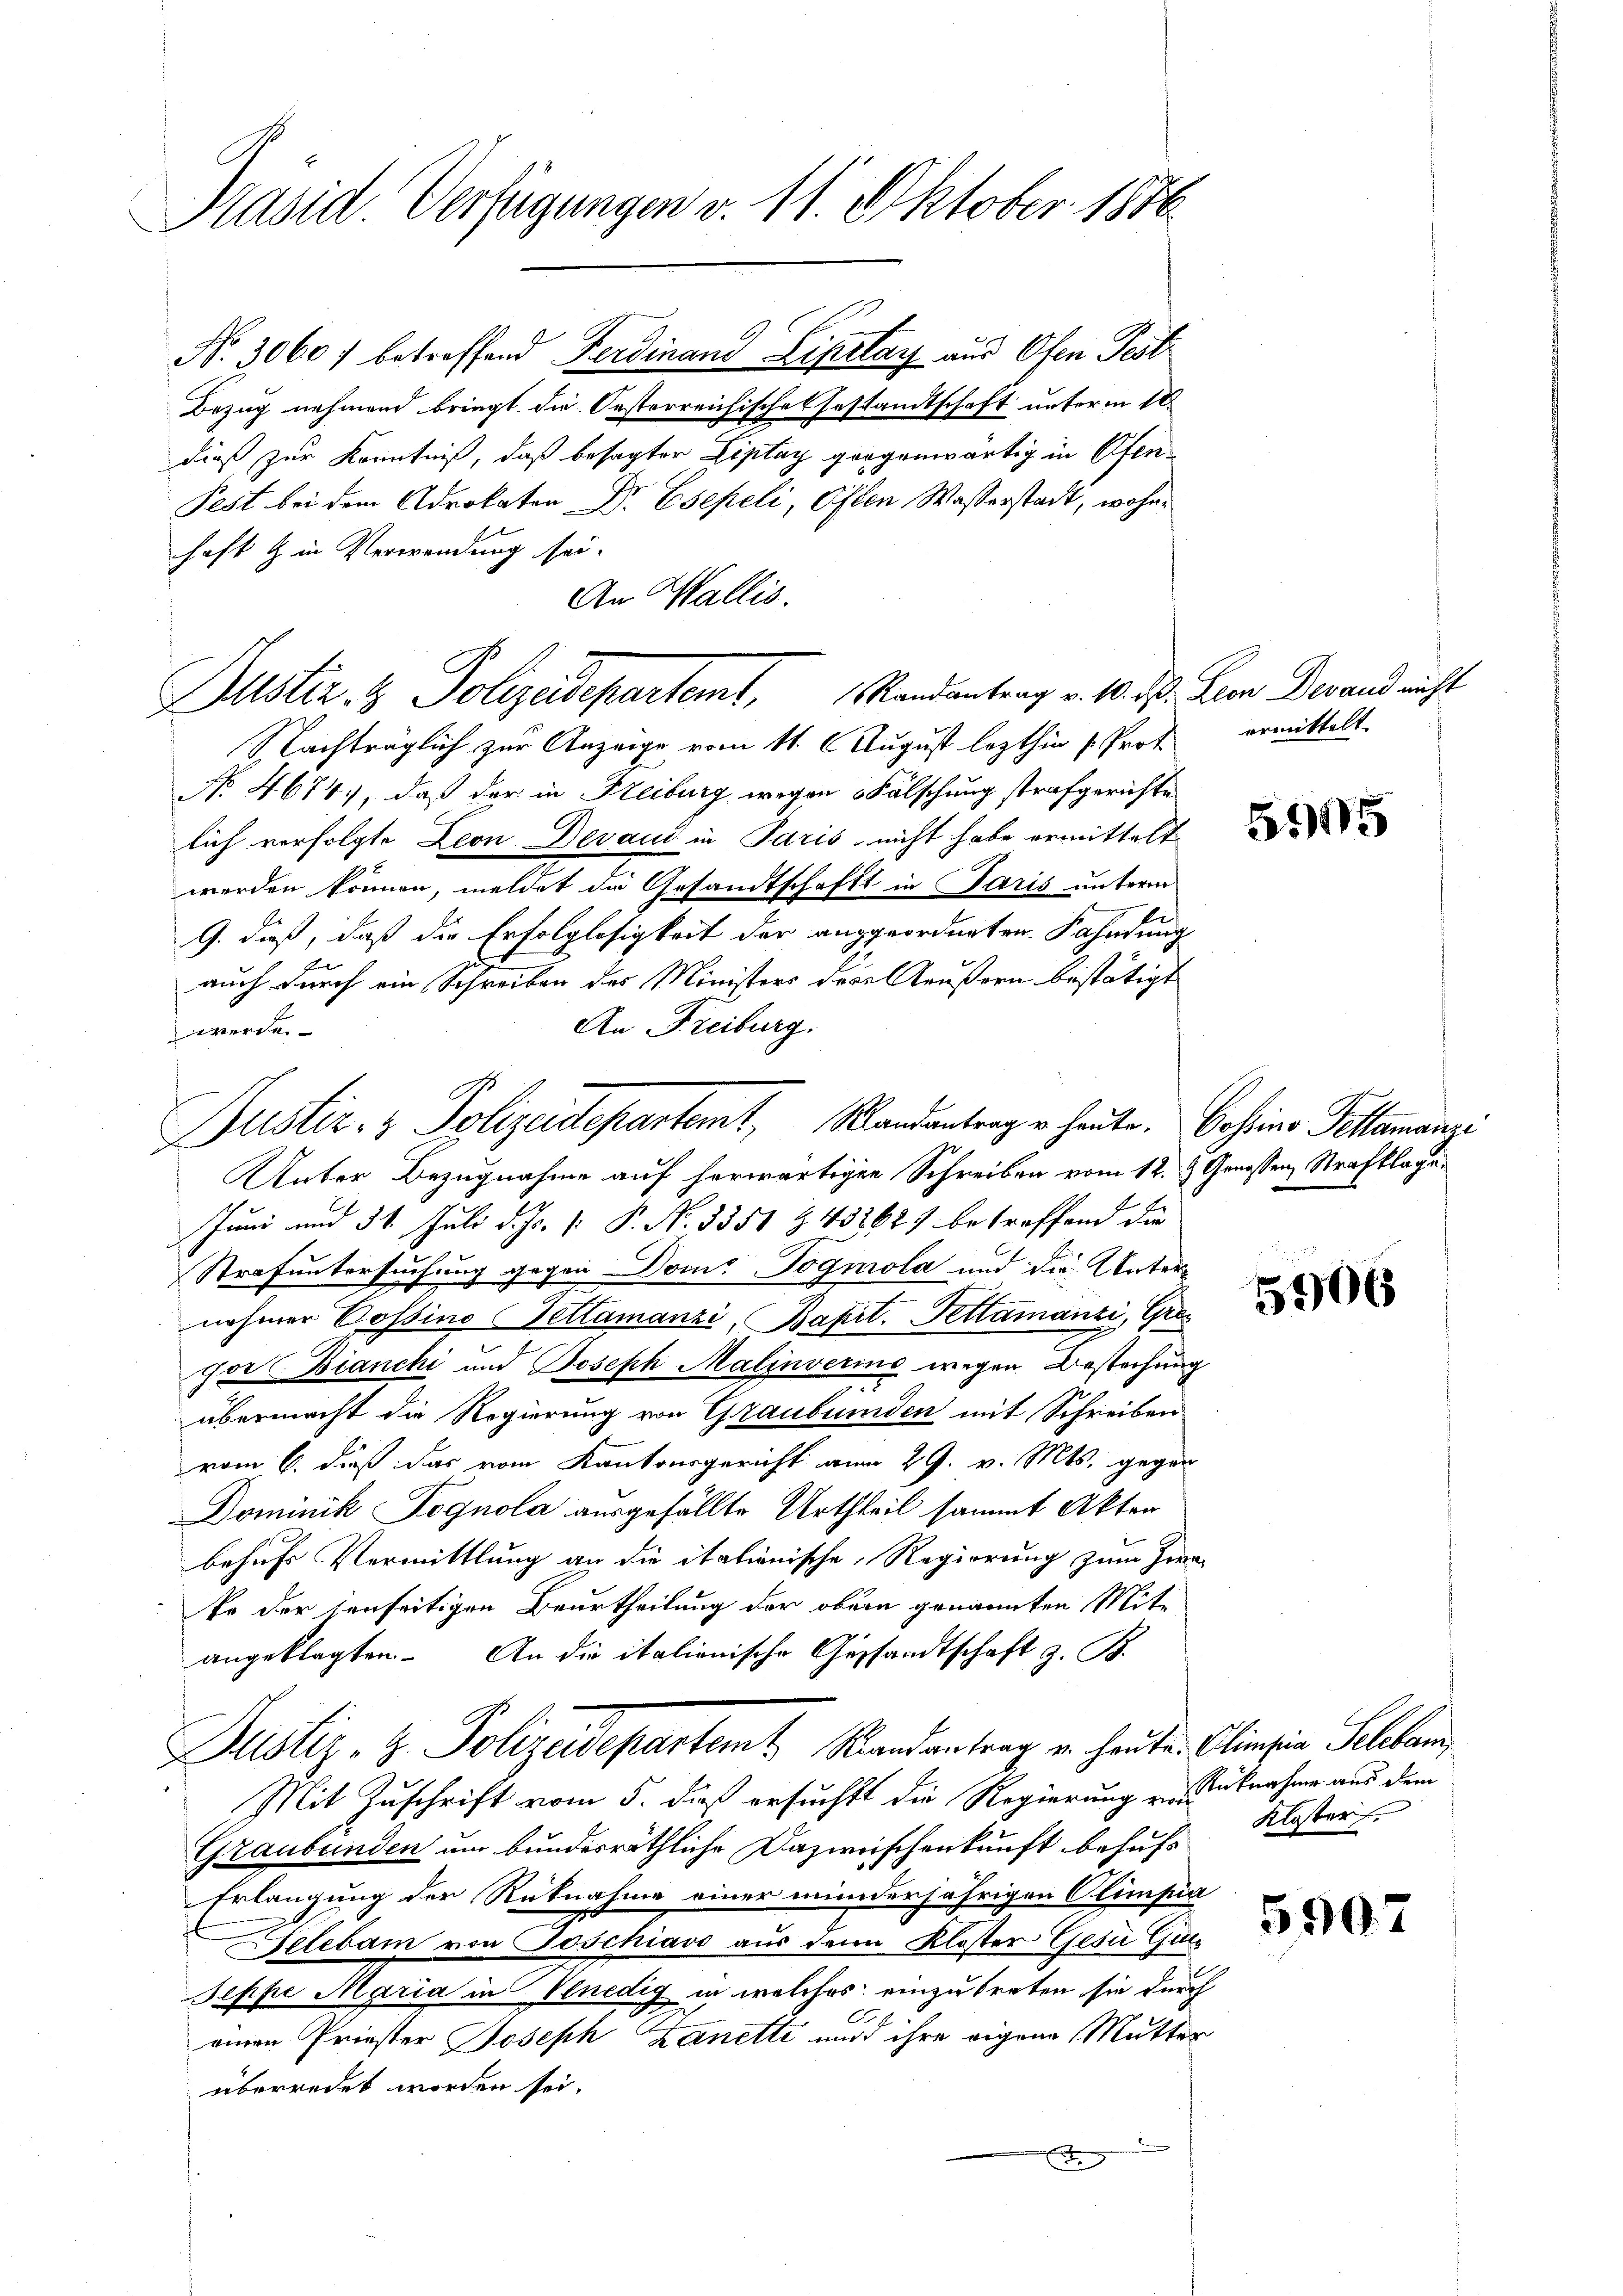
Präsid. Verfügungen v. 11. Oktober 1886.

Nr. 3060 f betreffend Ferdinand Lipelay aus Ofen Test
Bezug nehmend bringt die Oesterreichisches Gestandtschaft unterm 18.
dieß zur Kenntniß, daß besagter Liptay gegenwärtig in Ofen¬
Pest bei dem Advokaten Dr Esepeli, Osten Wasserstadt, wohnhaft & in Verwendung sei.
An Wallis.

Justiz & Polizeidepartemt, Randantrag v. 10. ds. Herr Derand nicht

Nachträglich zur Anzeige vom 11. August lezthin s. Prot ermittelt.
No. 4674), daß der in Freiburg, wegen Fälschung strafgerichte
lich verfolgte Leon Devand in Paris nicht habe ermittelt
werden können, meldet die Gesandtschaft in Paris unterm
G. dieß, daß die Erfolglosigkeit der angeordneten Fahndung
E
auch durch ein Schreiben des Ministers der Aeußern bestätigt
An Freiburg.
werde.
Unter Bezugnahme auf herwärtigen Schreiben vom 12. & Genossen, Strafklage¬
Juni und 31. Juli d. Js. v. P. No. 3351 Z 432627 betreffend die
Strafuntersuchung gegen Doms Togmola und die Unternehmer Possino Pettamanzi, Bapit. Pettamanzi, Grogor Bianchi und Joseph Malinverins wegen Bestechung
übermacht die Regierung von Graubünden mit Schreiben
vom 6. dieß das vom Kantonsgericht vom 29. v. Mts. gegen
Dominik Pognola ausgefällte Urtheil sammt Akten
behufs Vermittlung an die italienische Regierung zum Herr-
te der jenseitigen Beurtheilung der obern genannten Mitangeklagten. An die italionische Gestandtschaft z. B.
Justiz- & Polizeidepartem Randantrag u. heuten Clinasia Selben
Mit Zuschrift vom 5. daß ersucht die Regierung von Rücknahme aus dem
Graubünden um bundesräthliche Dazwischenkunft behufs
Erlangung der Rücknahme einer minderjährigen Climpia
Selebam von Poschiavo aus den Kloster Gesi Guts
Seppe Maria in Venedig in welches einzutreten sie durch
.
einen Priester Joseph Zanetti wird ihre eigen Mutter
überredet worden sei.

Justiz- & Polizeidepartemt, Randantrag u. heute. Casino Pellananze

5905

5906

Kloster.

5907